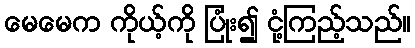
မေမေက ကိုယ့်ကို ပြုံး၍ ငုံ့ကြည့်သည်။